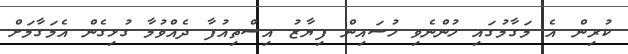
ކުރިން އެ މަގާމުގައި ހުންނެވި ހުސައިން ފިޔާޒު އިސްތިއުފާ ދެއްވުމާ ގުޅިގެން އެމަގާމަށް